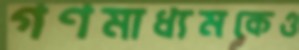
গণমাধ্যমকেও